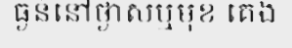
ធ្ងន់នៅថ្ងាសឬមុខ គេង